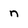
Character: n